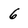
Character: 6